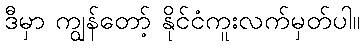
ဒီမှာ ကျွန်တော့် နိုင်ငံကူးလက်မှတ်ပါ။